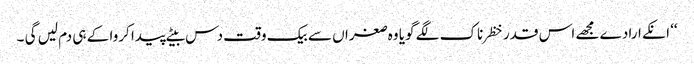
‘‘ انکے ارادے مجھے اس قدر خظرناک لگے گویا وہ صغراں سے بیک وقت دس بیٹے پیدا کروا کے ہی دم لیں گی ۔